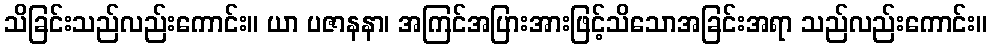
သိခြင်းသည်လည်းကောင်း။ ယာ ပဇာနနာ၊ အကြင်အပြားအားဖြင့်သိသောအခြင်းအရာ သည်လည်းကောင်း။